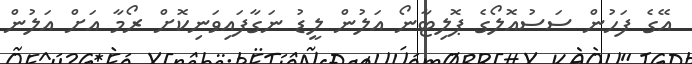
އޭގެ ފަހުން ސަސުއޮލޯގެ ޕޮލިޓާނޯ އަލުން ލީޑު ނަގާފައިވަނިކޮށް ރޯމާ އަށް އަލުން